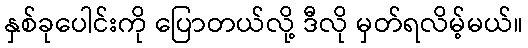
နှစ်ခုပေါင်းကို ပြောတယ်လို့ ဒီလို မှတ်ရလိမ့်မယ်။